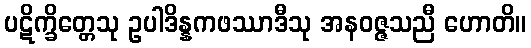
ပဋိက္ခိတ္တေသု ဥပါဒိန္နကဖဿာဒီသု အနဝဇ္ဇသညီ ဟောတိ။